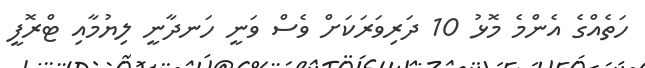
ހަތެއްގެ އެންމެ މޮޅު 10 ދަރިވަރަކަށް ވެސް ވަނީ ހަނދާނީ ލިޔުމާއި ޓްރޮފީ